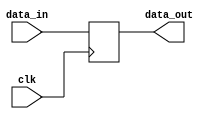
module register_32(clk, data_in, data_out);
  input clk;
  input [31:0] data_in;
  output [31:0] data_out;
  
  reg [31:0] temp_reg;
  
  assign data_out = temp_reg;
  
  always @ (posedge clk)
  begin
    temp_reg <= data_in;
  end

endmodule